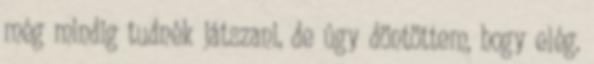
még mindig tudnék játszani, de úgy döntöttem, hogy elég.